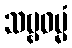
သဗ္ဗဓမ္မံ